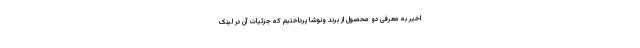
اخیر به معرفی دو محصول از برند ونوشا پرداختیم که جزئیات آن در لینک